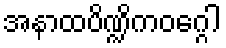
အနာထပိဏ္ဍိကဝဂ္ဂေါ